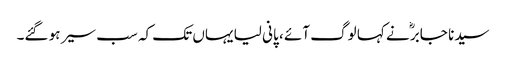
سیدنا جابرؓ نے کہا لوگ آئے ، پانی لیا یہاں تک کہ سب سیر ہو گئے۔